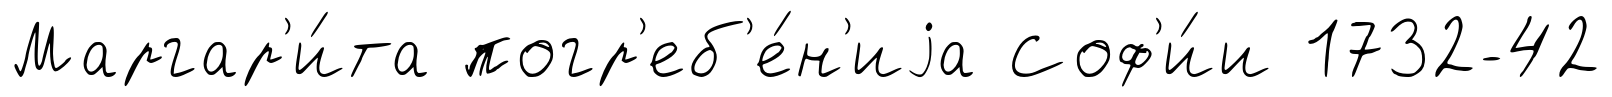
Маргар'и́та погр'еб'е́н'иjа Соф'и́и 1732-42